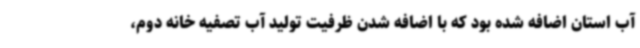
آب استان اضافه شده بود که با اضافه شدن ظرفیت تولید آب تصفیه خانه دوم،